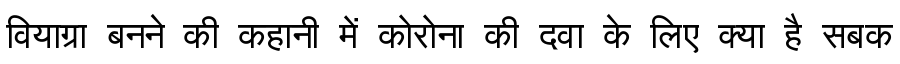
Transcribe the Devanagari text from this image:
वियाग्रा बनने की कहानी में कोरोना की दवा के लिए क्या है सबक